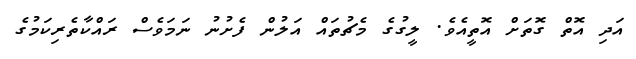
އަދި އޮތް ގޮތަށް އޮތީއެވެ. ލީގުގެ މެޗުތައް އަލުން ފެށުނު ނަމަވެސް ރައްކާތެރިކަމުގެ